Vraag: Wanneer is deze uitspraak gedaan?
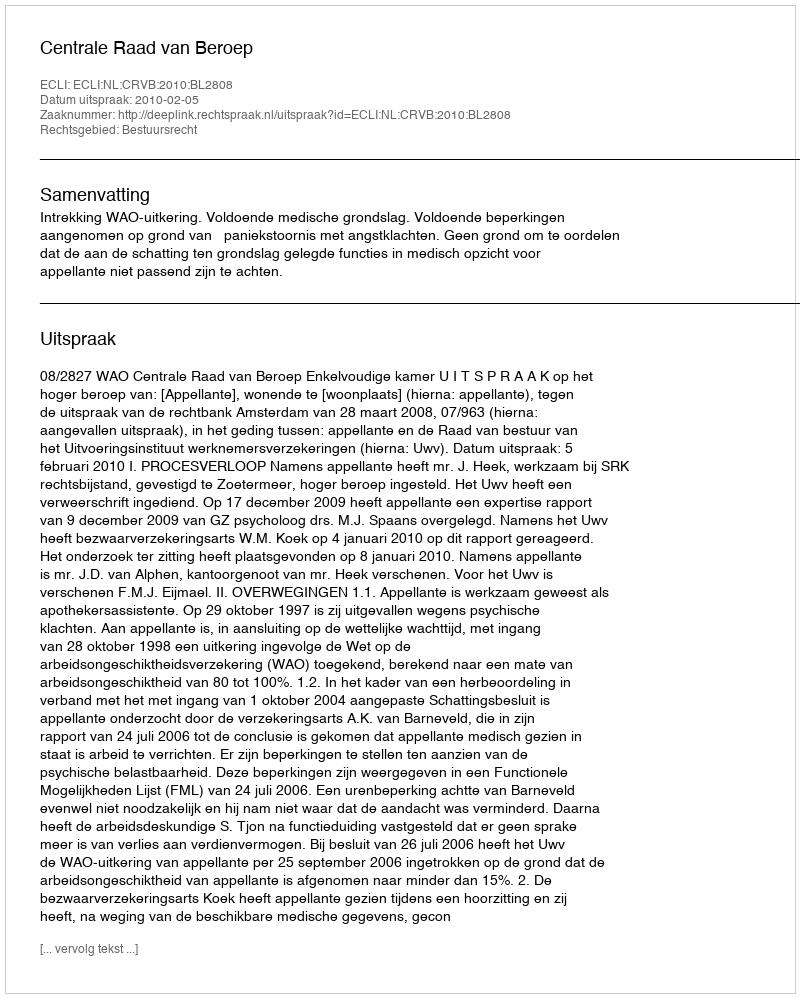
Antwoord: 2010-02-05